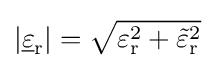
|{\underline {\varepsilon }}_{\mathrm {r} }|={\sqrt {\varepsilon _{\mathrm {r} }^{2}+{\tilde {\varepsilon }}_{\mathrm {r} }^{2}}}